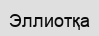
Эллиотқа